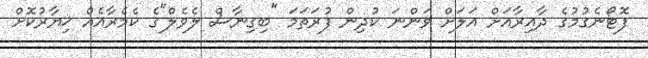
ފޮޓޯނެގުމުގެ ދާއިރާއަށް އަލަށް ވަންނަ ކުދިން ފުރަތަމަ "ބިގިނާސް ލެވެލް"ގެ ކެމެރާއެއް ޚިޔާރުކޮށް